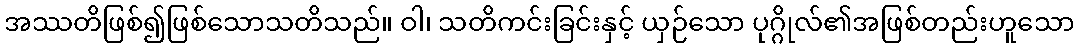
အဿတိဖြစ်၍ဖြစ်သောသတိသည်။ ဝါ၊ သတိကင်းခြင်းနှင့် ယှဉ်သော ပုဂ္ဂိုလ်၏အဖြစ်တည်းဟူသော